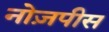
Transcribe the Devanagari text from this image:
नोज़पीस